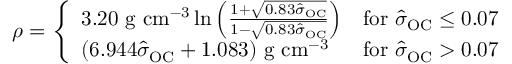
\rho = { \left\{ \begin{array} { l l } { 3 . 2 0 { \mathrm { ~ g ~ c m } } ^ { - 3 } \ln \left( { \frac { 1 + { \sqrt { 0 . 8 3 { \hat { \sigma } } _ { \mathrm { O C } } } } } { 1 - { \sqrt { 0 . 8 3 { \hat { \sigma } } _ { \mathrm { O C } } } } } } \right) } & { { \mathrm { f o r ~ } } { \hat { \sigma } } _ { \mathrm { O C } } \leq 0 . 0 7 } \\ { ( 6 . 9 4 4 { \hat { \sigma } } _ { \mathrm { O C } } + 1 . 0 8 3 ) { \mathrm { ~ g ~ c m } } ^ { - 3 } } & { { \mathrm { f o r ~ } } { \hat { \sigma } } _ { \mathrm { O C } } > 0 . 0 7 } \end{array} \right. }